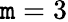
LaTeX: \mathtt{m}=3